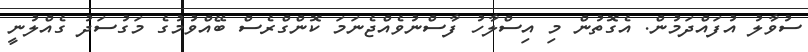
ސުވާލު އުފައްދަމުން. އެގޮތުން މި އިސްލާހު ފާސްނުވެއްޖެނަމަ ކޮންގްރެސް ބޭއްވުމުގެ މަގުސަދު ގެއްލުނީ